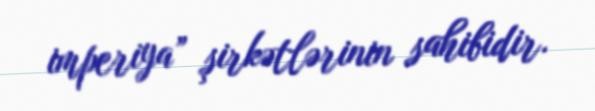
imperiya” şirkətlərinin sahibidir.